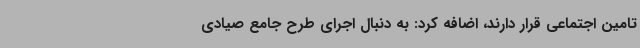
تامین اجتماعی قرار دارند، اضافه کرد: به دنبال اجرای طرح جامع صیادی